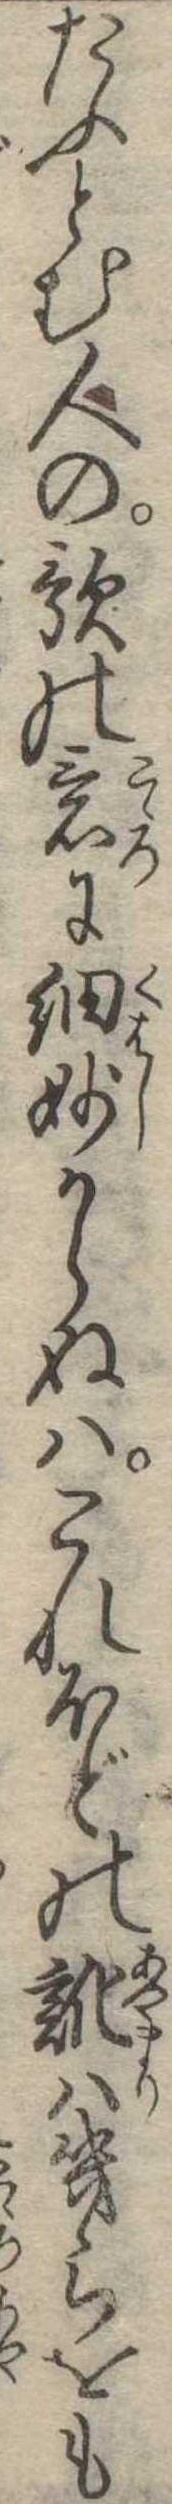
たふとむ人の歌の意に細妙からぬはこれほどの訛は幾らをも